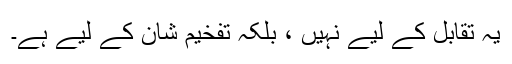
یہ تقابل کے لیے نہیں ، بلکہ تفخیم شان کے لیے ہے۔